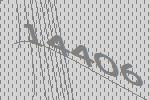
14406